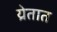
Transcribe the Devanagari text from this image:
य्रेतात